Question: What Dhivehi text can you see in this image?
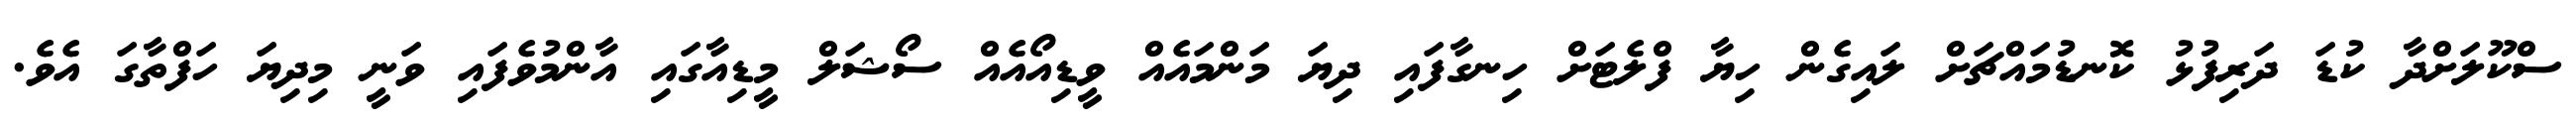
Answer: ސްކޫލަށްދާ ކުޑަ ދަރިފުޅު ކޮނޑުމައްޗަށް ލައިގެން ހިޔާ ފްލެޓަށް ހިނގާފައި ދިޔަ މަންމައެއް ވީޑިއޯއެއް ސޯޝަލް މީޑިއާގައި އާންމުވެފައި ވަނީ މިދިޔަ ހަފްތާގަ އެވެ.